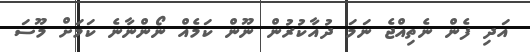
އަދި ފެން ނެތިއްޖެ ނަމަ ދުއާކުރުން ނޫން ކަމެއް ނޯންނާނެ ކަމަށް މޫސަ